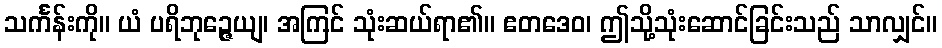
သင်္ကန်းကို။ ယံ ပရိဘုဉ္ဇေယျ၊ အကြင် သုံးဆယ်ရာ၏။ ဧတဒေဝ၊ ဤသို့သုံးဆောင်ခြင်းသည် သာလျှင်။